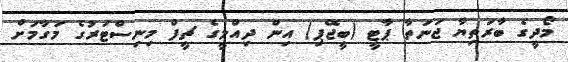
މޯދީގެ ބާރަތިޔާ ޖަނަތާ ޕާޓީ (ބީޖޭޕި) އިން ދިއްލީގެ ޗީފް މިނިސްޓަރުގެ މަގާމަށް